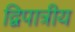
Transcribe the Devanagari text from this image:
द्विपात्रीय